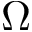
\Omega